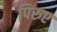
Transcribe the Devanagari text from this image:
पिरुए